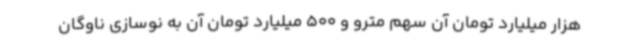
هزار میلیارد تومان آن سهم مترو و 500 میلیارد تومان آن به نوسازی ناوگان